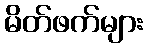
မိတ်ဖက်များ